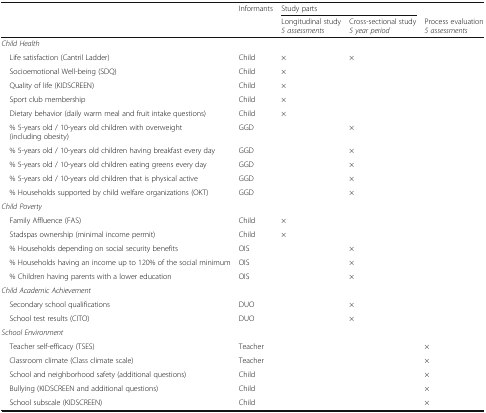
|  | Informants | <COLSPAN=2> Study parts |  |
 |  |  | Longitudinal study 5 assessments | Cross-sectional study 5 year period | Process evaluation 5 assessments |
 | --- | --- | --- | --- | --- |
 | Child Health |  |  |  |  |
 | Life satisfaction (Cantril Ladder) | Child | × | × |  |
 | Socioemotional Well-being (SDQ) | Child | × |  |  |
 | Quality of life (KIDSCREEN) | Child | × |  |  |
 | Sport club membership | Child | × |  |  |
 | Dietary behavior (daily warm meal and fruit intake questions) | Child | × |  |  |
 | % 5-years old / 10-years old children with overweight (including obesity) | GGD |  | × |  |
 | % 5-years old / 10-years old children having breakfast every day | GGD |  | × |  |
 | % 5-years old / 10-years old children eating greens every day | GGD |  | × |  |
 | % 5-years old / 10-years old children that is physical active | GGD |  | × |  |
 | % Households supported by child welfare organizations (OKT) | GGD |  | × |  |
 | Child Poverty |  |  |  |  |
 | Family Affluence (FAS) | Child | × |  |  |
 | Stadspas ownership (minimal income permit) | Child | × |  |  |
 | % Households depending on social security benefits | OIS |  | × |  |
 | % Households having an income up to 120% of the social minimum | OIS |  | × |  |
 | % Children having parents with a lower education | OIS |  | × |  |
 | Child Academic Achievement |  |  |  |  |
 | Secondary school qualifications | DUO |  | × |  |
 | School test results (CITO) | DUO |  | × |  |
 | School Environment |  |  |  |  |
 | Teacher self-efficacy (TSES) | Teacher |  |  | × |
 | Classroom climate (Class climate scale) | Teacher |  |  | × |
 | School and neighborhood safety (additional questions) | Child |  |  | × |
 | Bullying (KIDSCREEN and additional questions) | Child |  |  | × |
 | School subscale (KIDSCREEN) | Child |  |  | × |